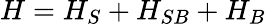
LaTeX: H={{H}_{S}}+{{H}_{SB}}+{{H}_{B}}